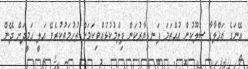
އޭނަގެ އަޚްލާގާ ސުލޫކުން އުއްތަމަ ފަނޑިޔާރުކަން ފިލްމުކުޅުއްވިކަމަށް ތުހުމަތުކުރެވޭ އަލީ ހަމީދަށް ދޭން